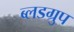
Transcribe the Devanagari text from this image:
ब्लडग्रुप